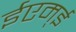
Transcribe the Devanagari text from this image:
ईएम्‌ई